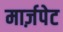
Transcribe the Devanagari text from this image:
मार्ज़पेट